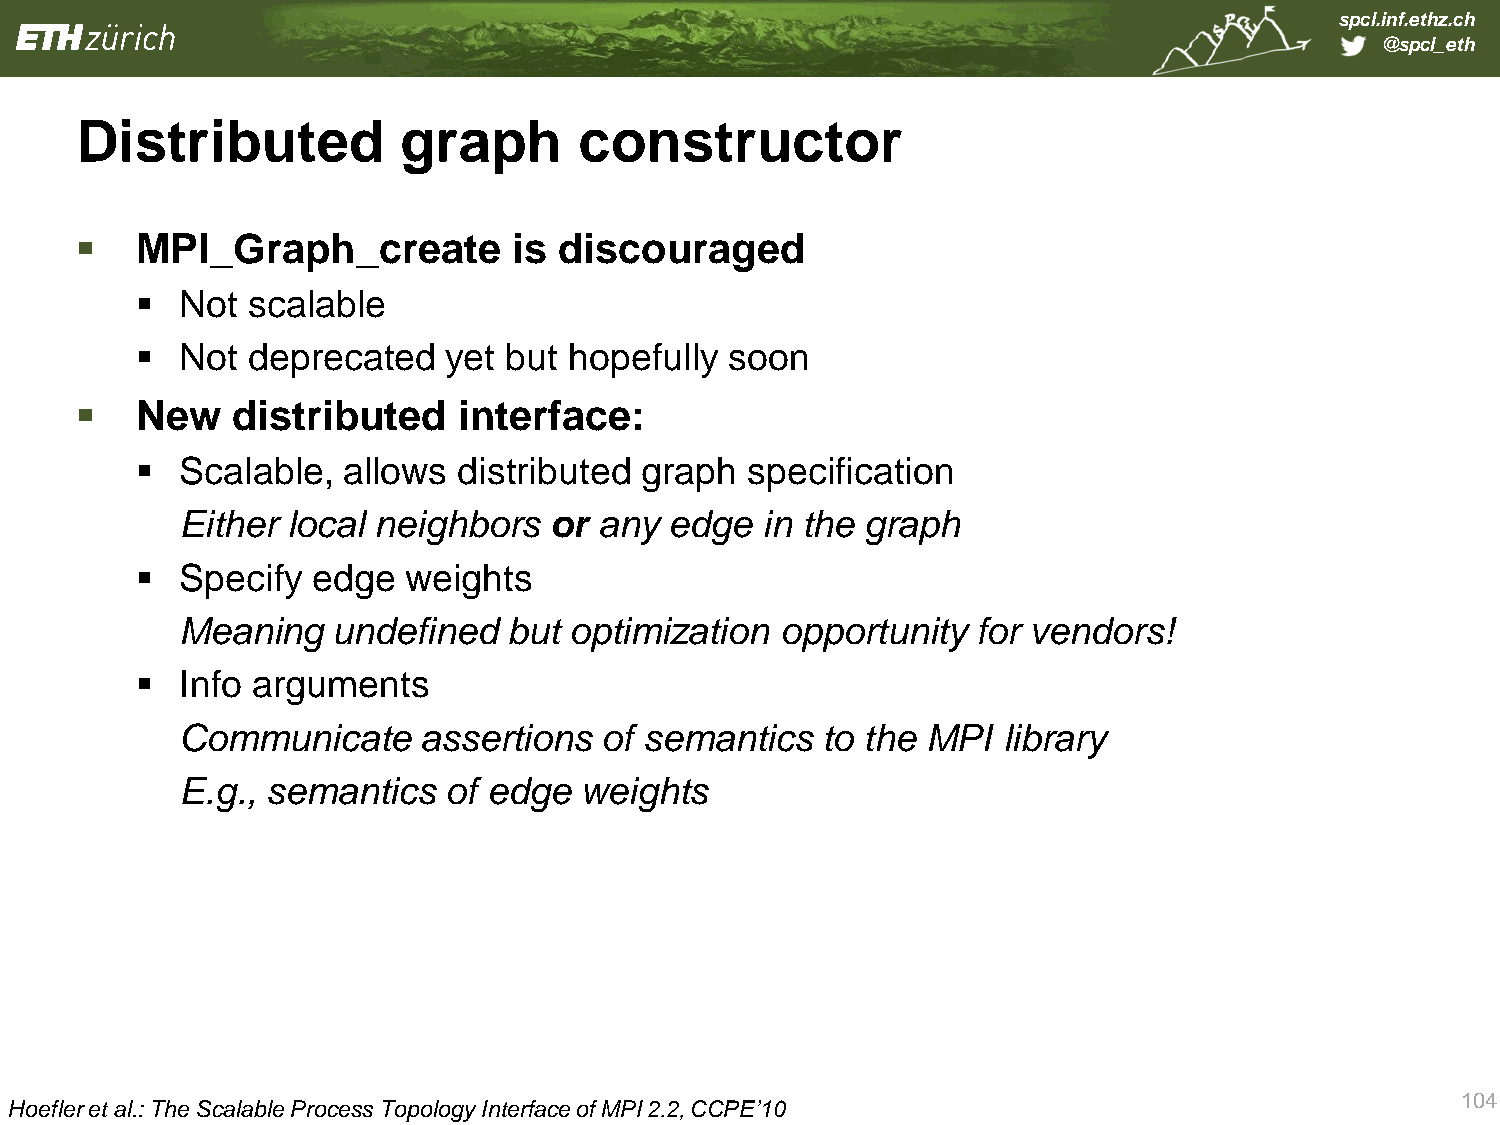
spcl.inf.ethz.ch
 @spcl_eth
 Distributed          graph       constructor
    MPI_Graph_create         is discouraged
   Not scalable
   Not deprecated   yet but  hopefully soon
    New   distributed    interface:
   Scalable,  allows distributed graph  specification
 Either local neighbors  or  any edge  in the graph
   Specify  edge  weights
 Meaning   undefined   but optimization  opportunity  for vendors!
   Info arguments
 Communicate     assertions  of semantics  to the MPI  library
 E.g., semantics  of edge  weights
 104
 Hoefler et al.: The Scalable Process Topology Interface of MPI 2.2, CCPE’10